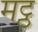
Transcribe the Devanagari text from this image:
मट्ठ